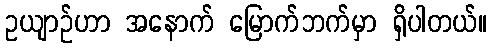
ဥယျာဉ်ဟာ အနောက် မြောက်ဘက်မှာ ရှိပါတယ်။